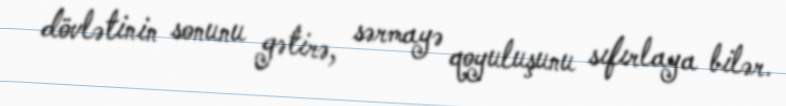
dövlətinin sonunu gətirə, sərmayə qoyuluşunu sıfırlaya bilər.